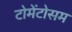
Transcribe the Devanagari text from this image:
टोमेंटोसम